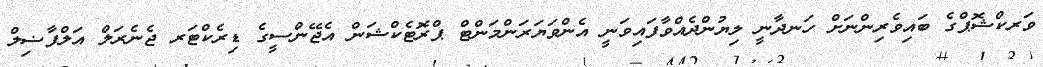
ވަރކްޝޮޕްގެ ބައިވެރިންނަށް ހަނދާނީ ލިޔުންދެއްވާފައިވަނީ އެންވަޔަރަންމަންޓް ޕްރޮޓެކްޝަން އެޖޭންސީގެ ޑިރެކްޓަރ ޖެނެރަލް އަލްފާޟިލް